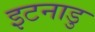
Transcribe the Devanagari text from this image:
इटनाडु